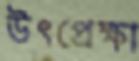
উৎপ্রেক্ষা